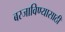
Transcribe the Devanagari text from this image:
बस्जाविण्यासाठी